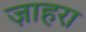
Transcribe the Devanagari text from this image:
ज़ाहरा